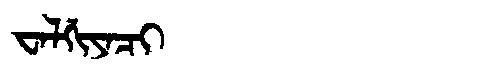
Manchu: ᠸᠠᠯᡤᡳᠶᠠᠴᡳ
Romanization: WALGIYACI